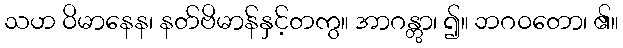
သဟ ဝိမာနေန၊ နတ်ဗိမာန်နှင့်တကွ။ အာဂန္တွာ၊ ၍။ ဘဂဝတော၊ ၏။